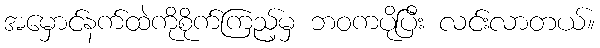
အမှောင်နက်ထဲကိုစိုက်ကြည့်မှ ဘဝကပိုပြီး လင်းလာတယ်။